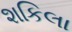
શકિલા